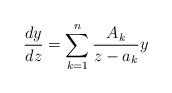
LaTeX: \begin{align*}\frac{dy}{dz}=\sum\limits_{k=1}^n \frac{A_k}{z-a_k}y\end{align*}